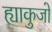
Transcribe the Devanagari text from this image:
ह्याकुजो